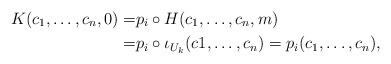
\begin{align*}K(c_1,\dots,c_n,0)= &p_i \circ H (c_1,\dots,c_n,m) \\= &p_i \circ \iota_{U_k}(c1,\dots,c_n)=p_i(c_1,\dots,c_n),\end{align*}